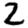
Digit: 2